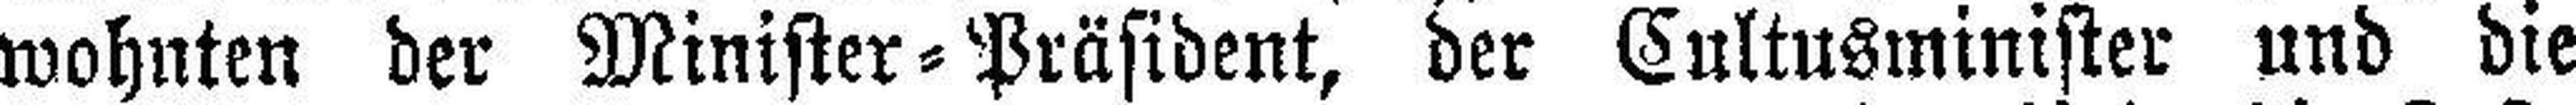
wohnten der Minister=Präsident, der Cultusminister und die